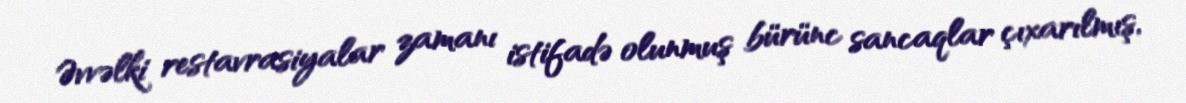
Əvvəlki restavrasiyalar zamanı istifadə olunmuş bürünc sancaqlar çıxarılmış,